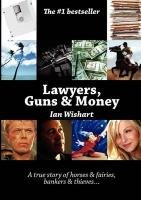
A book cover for Lawyers, Guns & Money; Ian Wishart; Law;